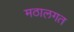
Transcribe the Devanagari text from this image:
मठालगत